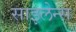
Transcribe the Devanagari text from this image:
साइलेन्स